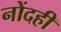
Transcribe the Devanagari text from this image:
नोंदही